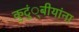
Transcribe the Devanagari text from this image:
कुटुं्बीयांना